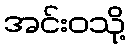
အင်းဝသို့